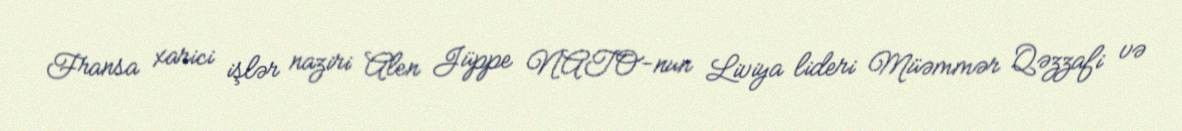
Fransa xarici işlər naziri Alen Jüppe NATO-nun Liviya lideri Müəmmər Qəzzafi və